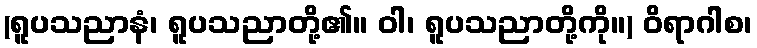
(ရူပသညာနံ၊ ရူပသညာတို့၏။ ဝါ၊ ရူပသညာတို့ကို။) ဝိရာဂါစ၊